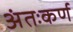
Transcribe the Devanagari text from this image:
अंतःकर्ण